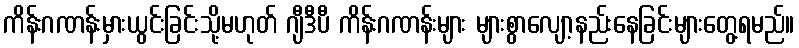
ကိန်းဂဏန်းမှားယွင်းခြင်းသို့မဟုတ် ဂျီဒီပီ ကိန်းဂဏန်းများ များစွာလျော့နည်းနေခြင်းများတွေ့ရမည်။